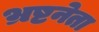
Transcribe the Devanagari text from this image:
भ्रष्टनेता